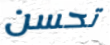
تحسن